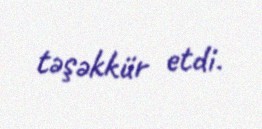
təşəkkür etdi.